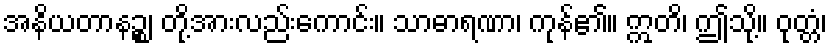
အနိယတာနဉ္စ၊ တို့အားလည်းကောင်း။ သာဓာရဏာ၊ ကုန်၏။ ဣတိ၊ ဤသို့။ ဝုတ္တံ၊